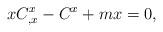
LaTeX: \begin{align*}xC_{,x}^{x}-C^{x}+mx=0,\end{align*}